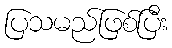
ပြသမည်ဖြစ်ပြီး